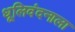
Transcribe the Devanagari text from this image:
धूलिवंदनाला